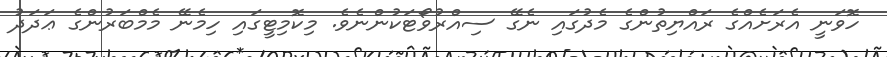
ހޮވަނީ އެރަށެއްގެ ރައްޔިތުންގެ މެދުގައި ނެގޭ ސިއްރުވޯޓަކުންނެވެ. މިކޮމިޓީގައި ހިމެނޭ މެމްބަރުންގެ ޢަދަދު